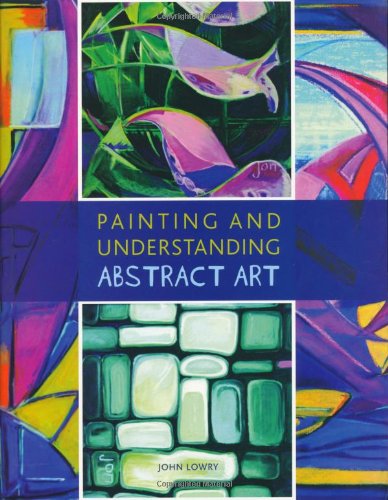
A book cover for Painting and Understanding Abstract Art; John Lowry; Arts & Photography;